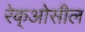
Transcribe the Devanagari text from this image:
रेक्‌ओसील